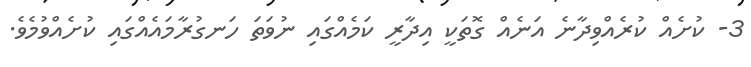
3- ކުށެއް ކުރެއްވިދާނެ އަނެއް ގޮތަކީ އިދާރީ ކަމެއްގައި ނުވަތަ ހަނގުރާމައެއްގައި ކުށެއްވުމެވެ.